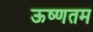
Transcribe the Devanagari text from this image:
ऊष्णतम